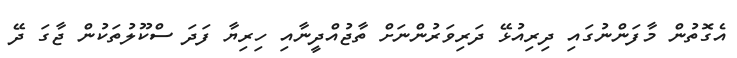
އެގޮތުން މާފަންނުގައި ދިރިއުޅޭ ދަރިވަރުންނަށް ތާޖުއްދީނާއި ހިރިޔާ ފަދަ ސްކޫލުތަކުން ޖާގަ ދޭ